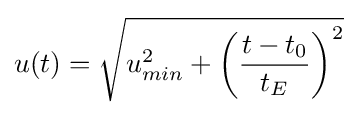
u(t)={\sqrt {u_{min}^{2}+\left({\frac {t-t_{0}}{t_{E}}}\right)^{2}}}